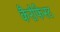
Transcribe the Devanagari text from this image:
कैरीफेस्ट